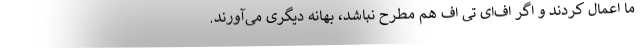
ما اعمال کردند و اگر اف‌ای تی اف هم مطرح نباشد، بهانه دیگری می‌آورند.